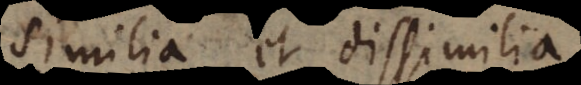
similia et dissimilia